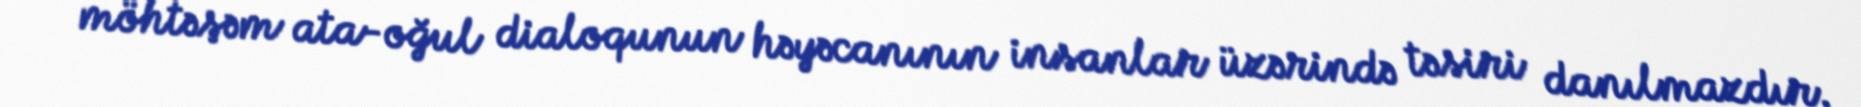
möhtəşəm ata-oğul dialoqunun həyəcanının insanlar üzərində təsiri danılmazdır.